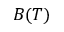
B ( T )